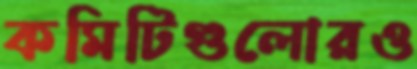
কমিটিগুলোরও